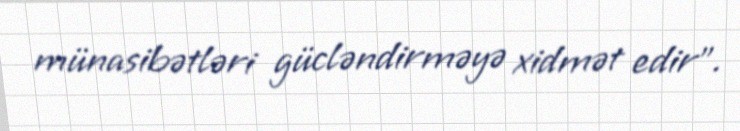
münasibətləri gücləndirməyə xidmət edir".